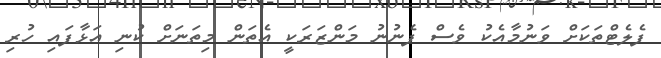
ފެލެޓްތަކަށް ވަނުމާއެކު ވެސް ފެނުނު މަންޒަރަކީ އެތަން މިތަނަށް ކުނި އަޅާފައި ހުރި